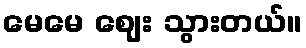
မေမေ ဈေး သွားတယ်။